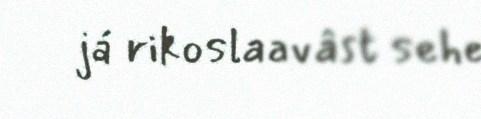
já rikoslaavâst sehe